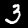
Label: 3